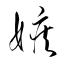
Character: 嫉